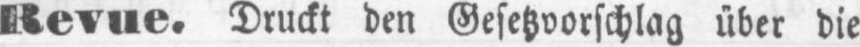
Revue. Druckt den Gesetzvorschlag über die